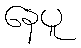
နေပူ